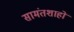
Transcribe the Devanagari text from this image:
सामंतशाहों